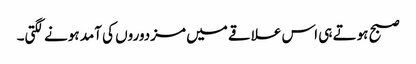
صبح ہوتے ہی اس علاقے میں مزدوروں کی آمد ہونے لگتی۔